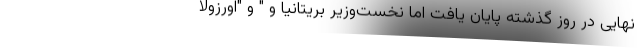
نهایی در روز گذشته پایان یافت اما نخست‌وزیر بریتانیا و " و "اورزولا